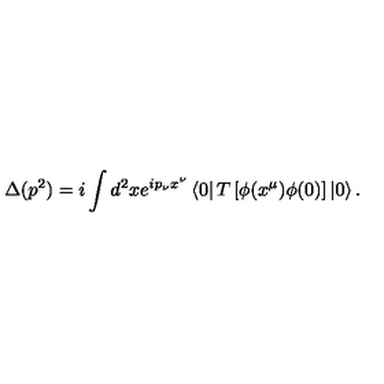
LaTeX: \Delta ( p ^ { 2 } ) = i \int d ^ { 2 } x e ^ { i p _ { \nu } x ^ { \nu } } \left\langle 0 \right| T \left[ \phi ( x ^ { \mu } ) \phi ( 0 ) \right] \left| 0 \right\rangle .